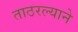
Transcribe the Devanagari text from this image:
ताठरल्याने